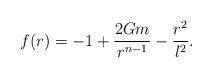
\begin{align*}f(r)=-1 +\frac{2Gm}{r^{n-1}} -\frac{r^2}{l^2}.\end{align*}